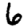
Digit: 6